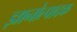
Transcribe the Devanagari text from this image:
ज्ञानोत्पादक